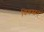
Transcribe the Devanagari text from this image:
विवस्वत्